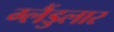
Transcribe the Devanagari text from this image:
ग्लैंडुलार